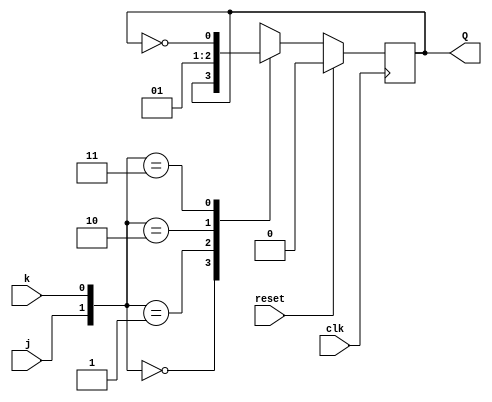
// This program was cloned from: https://github.com/Suni123456789/100DaysRTL
// License: Apache License 2.0

`timescale 1ns / 1ps

module JK_flipflop(
    input j,k,clk,reset,
    output reg Q
    );
    always@(posedge clk)
          begin
            if({reset})
            Q <= 1'b0;
            else
                begin
                case({j,k})
                2'b00:Q<=Q;
                2'b01:Q<=1'b0;
                2'b10:Q<=1'b1;
                2'b11:Q<=~Q;
                endcase
                end          
         end
endmodule